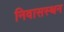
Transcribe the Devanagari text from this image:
निवासस्थन